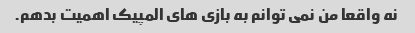
نه واقعا من نمی توانم به بازی های المپیک اهمیت بدهم.